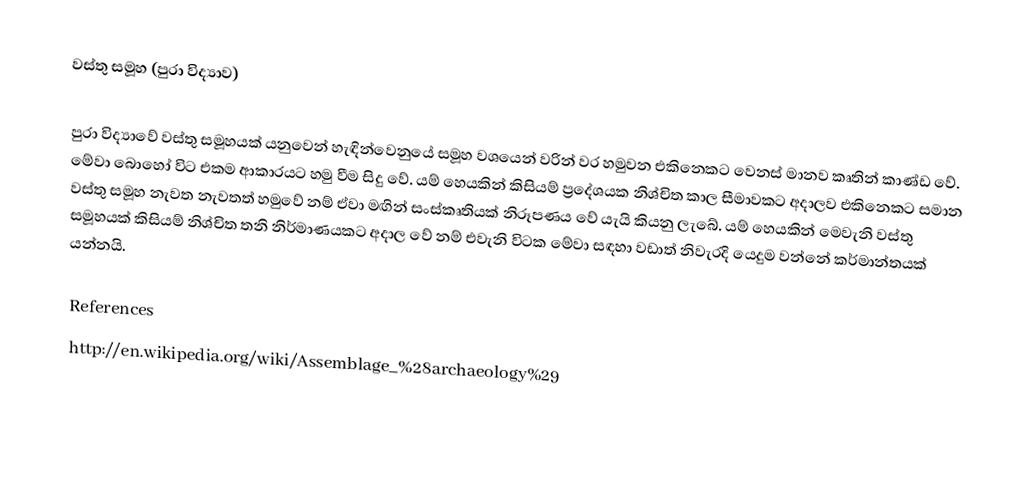
වස්තු සමූහ (පුරා විද්‍යාව)

පුරා විද්‍යාවේ වස්තු සමූහයක් යනුවෙන් හැඳින්වෙනුයේ සමූහ වශයෙන් වරින් වර හමුවන එකිනෙකට වෙනස් මානව කෘතින් කාණ්ඩ වේ. මේවා බොහෝ විට එකම ආකාරයට හමු වීම සිදු වේ. යම් හෙයකින් කිසියම් ප්‍රදේශයක නිශ්චිත කාල සීමාවකට අදාලව එකිනෙකට සමාන වස්තු සමූහ නැවත නැවතත් හමුවේ නම් ඒවා මඟින් සංස්කෘතියක් නිරූපණය වේ යැයි කියනු ලැබේ. යම් හෙයකින් මෙවැනි වස්තු සමූහයක් කිසියම් නිශ්චිත තනි නිර්මාණයකට අදාල වේ නම් එවැනි විටක මේවා සඳහා වඩාත් නිවැරදි යෙදුම වන්නේ කර්මාන්තයක් යන්නයි.

References
http://en.wikipedia.org/wiki/Assemblage_%28archaeology%29